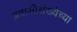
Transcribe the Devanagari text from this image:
प्रवासीसंख्येच्या